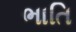
ભાતિ